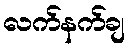
လက်နက်ချ